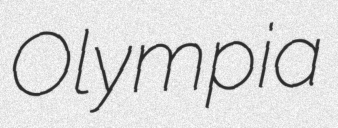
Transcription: Olympia